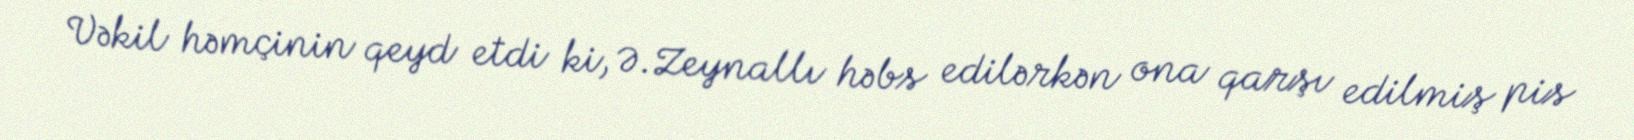
Vəkil həmçinin qeyd etdi ki, Ə.Zeynallı həbs edilərkən ona qarşı edilmiş pis